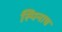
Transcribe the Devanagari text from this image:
स्पिनाच